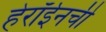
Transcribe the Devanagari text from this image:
हेरॉईनची